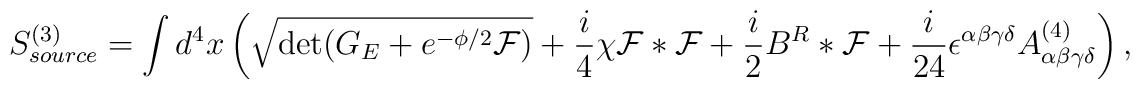
S^{(3)}_{source} = \int d^4x  \left( \sqrt{\det (G_{E}+e^{-\phi/2} {\cal F})}+{i\over 4}  \chi {\cal F}  * {\cal F}  + {i \over 2}  B^R *  {\cal F} +{i\over24} \epsilon^{\alpha\beta\gamma\delta}  A^{(4)}_{\alpha\beta\gamma\delta}\right),